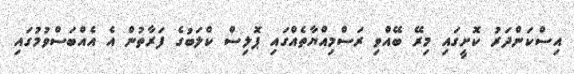
އިސްކަންދަރު ކޮށީގައި މިރޭ ބޭއްވި ރަސްމިއްޔާތެއްގައި ޕޮލިސް ކްލަބުގެ ފަރާތުން އެ އެއްބަސްވުމުގައި